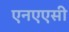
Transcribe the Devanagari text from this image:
एनएएसी